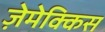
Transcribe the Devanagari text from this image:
ज़ेमेक्किस